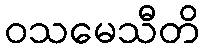
ဝသမေသီတိ